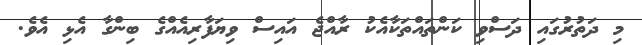
މި ދަތުރުގައި ދަސްވި ކަންތައްތަކާއެކު ރާއްޖެ އައިސް ވިޔަފާރިއެއްގެ ބިންގާ އެޅި އެވެ.